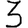
Digit: 3